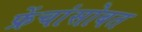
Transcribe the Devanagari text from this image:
फ्रेंचांसोबत